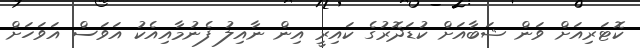
ކޮޓަރިއަށް ވަން ޝަބާއަށް ކުޑަދޮރުގެ ކައިރީ އިން ނާއިލު ފެނުމާއިއެކު އަވަސް އަވަހަށް